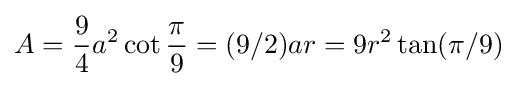
A={\frac {9}{4}}a^{2}\cot {\frac {\pi }{9}}=(9/2)ar=9r^{2}\tan(\pi /9)